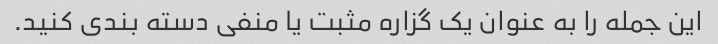
این جمله را به عنوان یک گزاره مثبت یا منفی دسته بندی کنید.